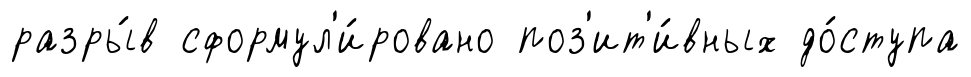
разры́в сформул'и́ровано поз'ит'и́вных до́ступа